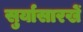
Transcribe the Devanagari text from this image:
सुर्यासारखें